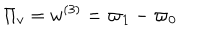
\Pi _ { v } = w ^ { ( 3 ) } = \varpi _ { 1 } - \varpi _ { 0 }